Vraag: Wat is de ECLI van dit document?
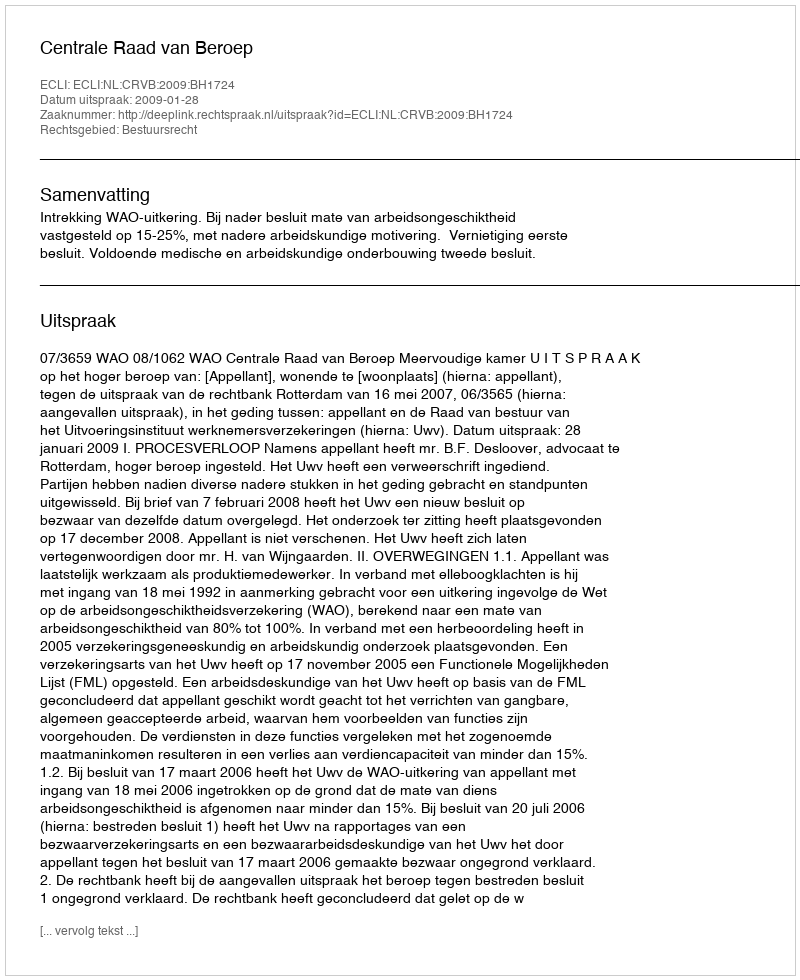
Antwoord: ECLI:NL:CRVB:2009:BH1724